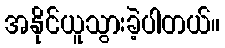
အနိုင်ယူသွားခဲ့ပါတယ်။